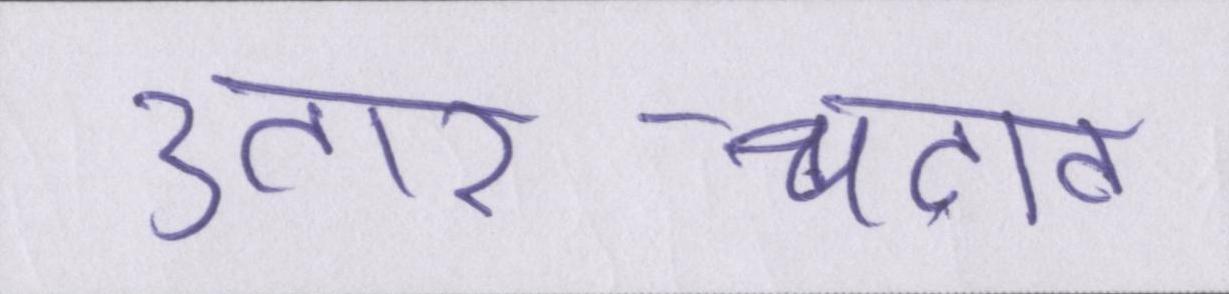
उतार-चढ़ाव